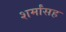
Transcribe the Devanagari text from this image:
शर्मांसह